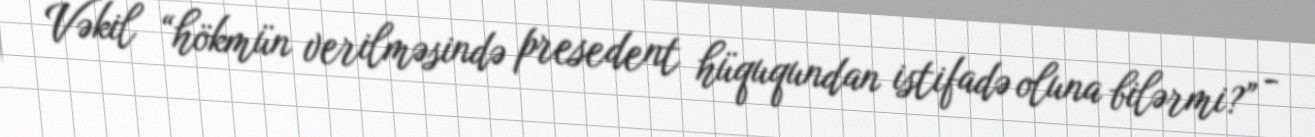
Vəkil “hökmün verilməsində presedent hüququndan istifadə oluna bilərmi?” -